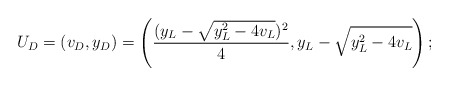
\begin{align*}U_D=(v_D,y_D)=\left(\frac{(y_L-\sqrt{y_L^2-4v_L})^2}{4},y_L-\sqrt{y_L^2-4v_L} \right);\end{align*}